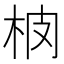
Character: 𱣈